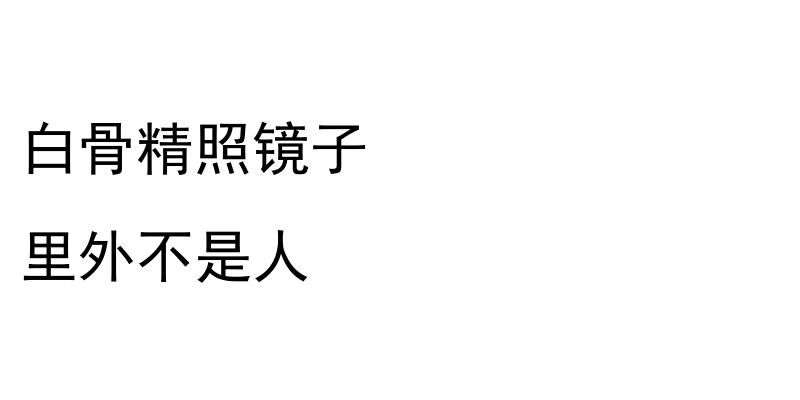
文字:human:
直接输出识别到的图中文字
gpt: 白骨精照镜子 里外不是人